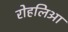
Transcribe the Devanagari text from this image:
रोहलिआ